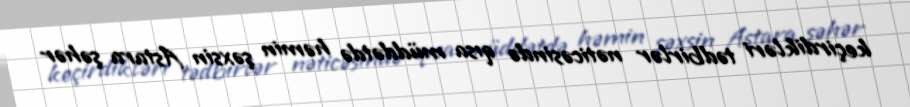
keçirdikləri tədbirlər nəticəsində qısa müddətdə həmin şəxsin Astara şəhər